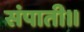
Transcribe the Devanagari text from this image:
संपाती।।